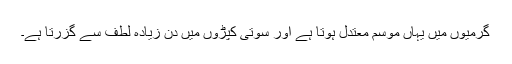
گرمیوں میں یہاں موسم معتدل ہوتا ہے اور سوتی کپڑوں میں دن زیادہ لطف سے گزرتا ہے۔